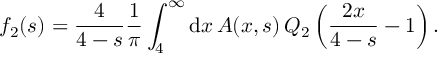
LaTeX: f _ { 2 } ( s ) = { \frac { 4 } { 4 - s } } { \frac { 1 } { \pi } } \int _ { 4 } ^ { \infty } \mathrm { d } x \, A ( x , s ) \, Q _ { 2 } \left( { \frac { 2 x } { 4 - s } } - 1 \right) .